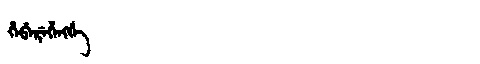
Manchu: ᡥᡝᠪᡝᡵᡝᡥᡝᠩᡤᡝ
Romanization: HEBEREHENGGE